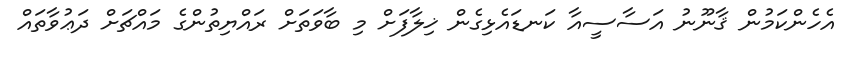
އެހެންކަމުން ޤާނޫނު އަސާސީއާ ކަނޑައެޅިގެން ޚިލާފަށް މި ބާވަތަށް ރައްޔިތުންގެ މައްޗަށް ދަޢުވާތައް